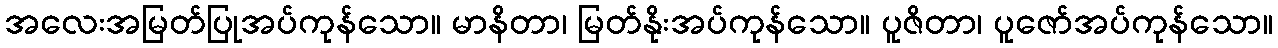
အလေးအမြတ်ပြုအပ်ကုန်သော။ မာနိတာ၊ မြတ်နိုးအပ်ကုန်သော။ ပူဇိတာ၊ ပူဇော်အပ်ကုန်သော။